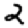
Digit: 2